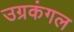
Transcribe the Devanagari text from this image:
उग्रकंगल